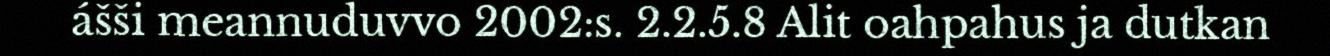
ášši meannuduvvo 2002:s. 2.2.5.8 Alit oahpahus ja dutkan